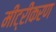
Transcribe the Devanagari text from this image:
मीट्रीकरण